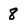
Character: 8